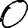
Digit: 0